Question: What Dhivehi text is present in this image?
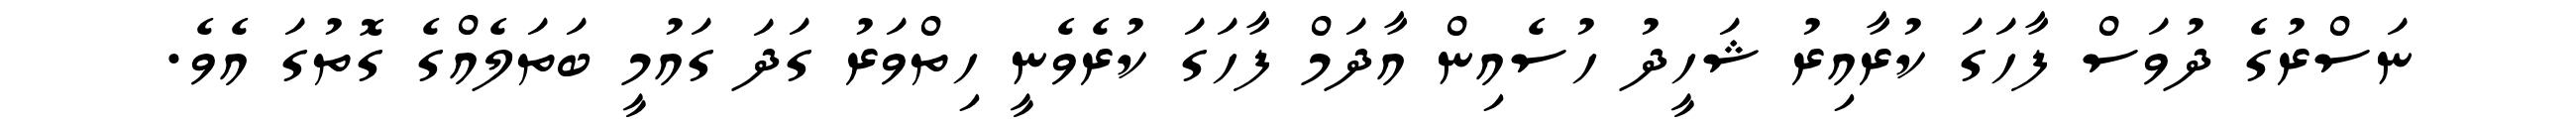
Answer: ނަސްރުގެ ދުވަސް ފާހަގަ ކުރާއިރު ޝަހީދު ހުސެއިން އާދަމް ފާހަގަ ކުރެވެނީ ހިތްވަރު ގަދަ ގައުމީ ބަތަލެއްގެ ގޮތުގަ އެވެ.